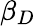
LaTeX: \beta_{D}